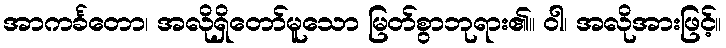
အာကင်္ခတော၊ အလိုရှိတော်မူသော မြတ်စွာဘုရား၏။ ဝါ၊ အလိုအားဖြင့်။